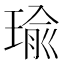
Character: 瑜